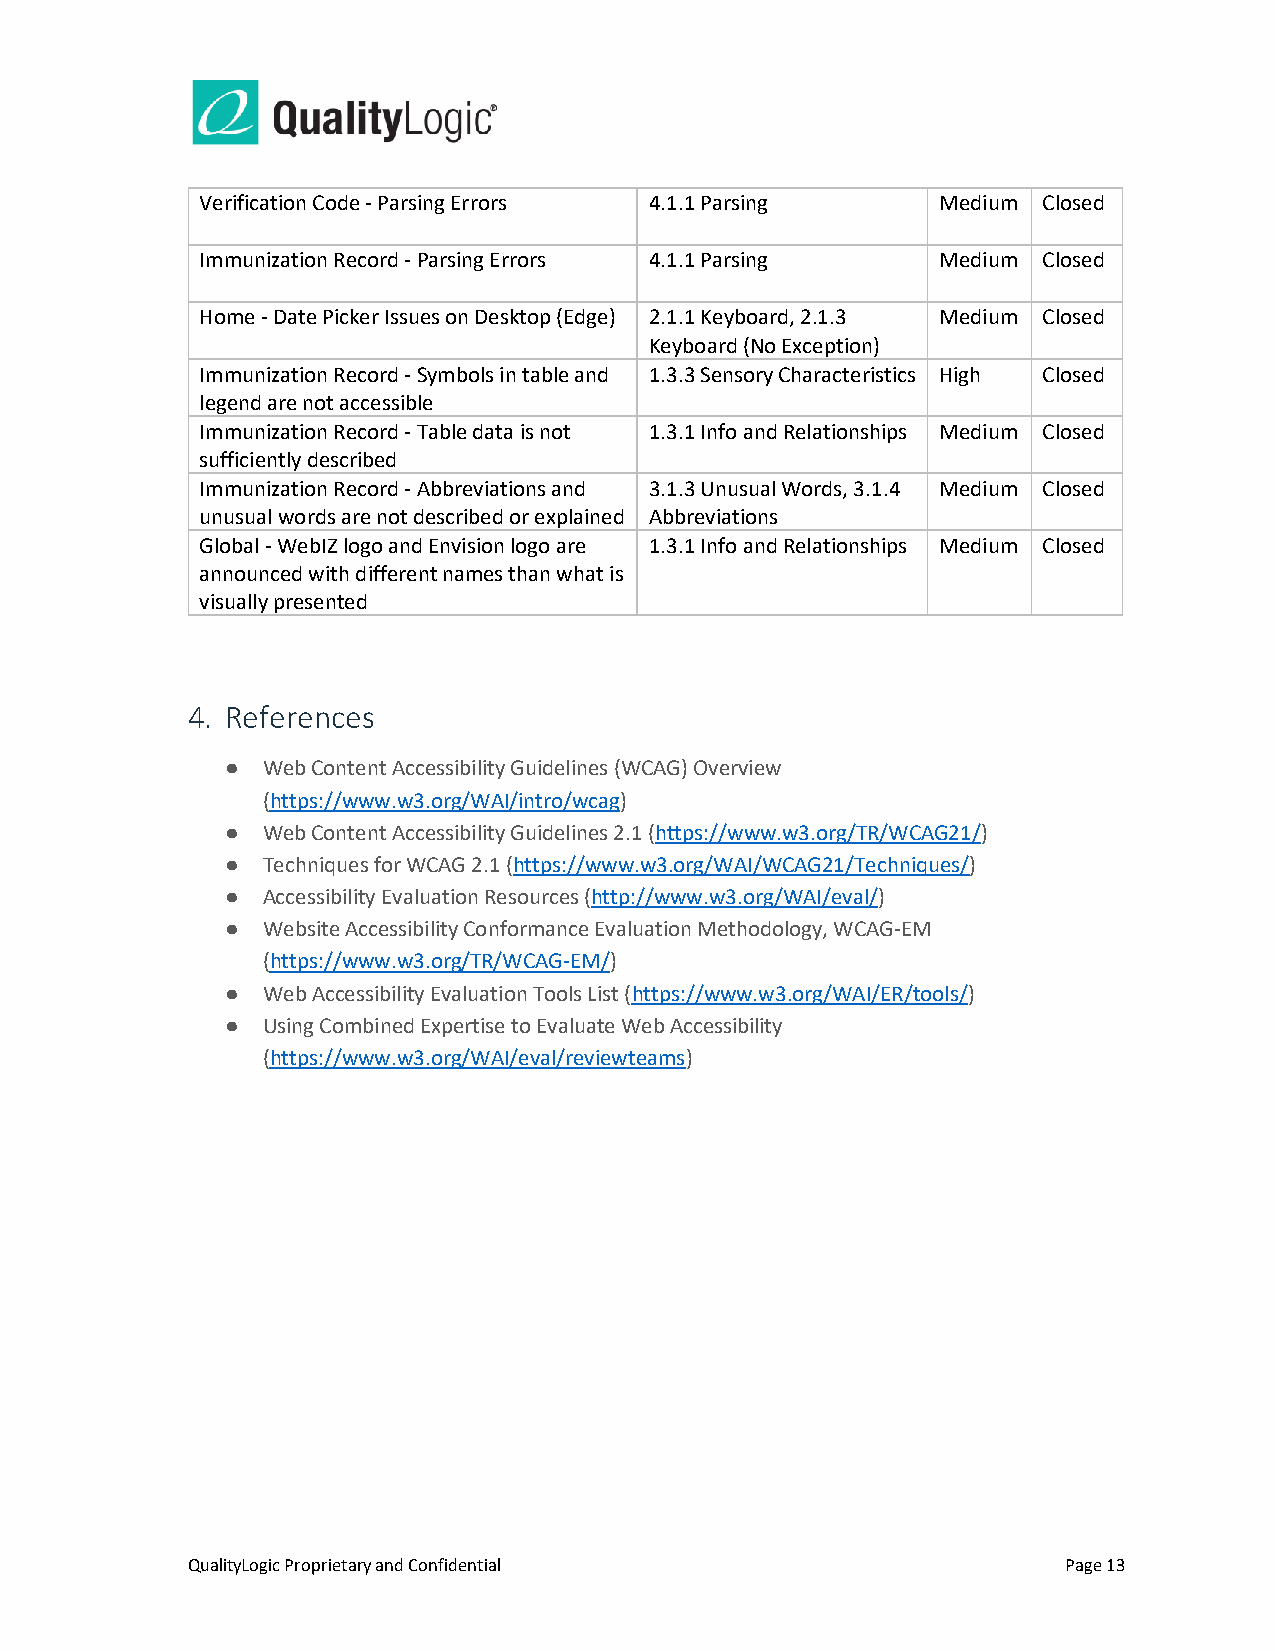
Verification Code - Parsing Errors 4.1.1 Parsing Medium Closed
 Immunization Record - Parsing Errors 4.1.1 Parsing Medium Closed
 Home - Date Picker Issues on Desktop (Edge) 2.1.1 Keyboard, 2.1.3 Medium Closed
 Keyboard (No Exception)
 Immunization Record - Symbols in table and 1.3.3 Sensory Characteristics High Closed
 legend are not accessible
 Immunization Record - Table data is not 1.3.1 Info and Relationships Medium Closed
 sufficiently described
 Immunization Record - Abbreviations and 3.1.3 Unusual Words, 3.1.4 Medium Closed
 unusual words are not described or explained Abbreviations
 Global - WebIZ logo and Envision logo are 1.3.1 Info and Relationships Medium Closed
 announced with different names than what is
 visually presented
 4. References
 ● Web Content Accessibility Guidelines (WCAG) Overview
 (https://www.w3.org/WAI/intro/wcag)
 ● Web Content Accessibility Guidelines 2.1 (https://www.w3.org/TR/WCAG21/)
 ● Techniques for WCAG 2.1 (https://www.w3.org/WAI/WCAG21/Techniques/)
 ● Accessibility Evaluation Resources (http://www.w3.org/WAI/eval/)
 ● Website Accessibility Conformance Evaluation Methodology, WCAG-EM
 (https://www.w3.org/TR/WCAG-EM/)
 ● Web Accessibility Evaluation Tools List (https://www.w3.org/WAI/ER/tools/)
 ● Using Combined Expertise to Evaluate Web Accessibility
 (https://www.w3.org/WAI/eval/reviewteams)
 QualityLogic Proprietary and Confidential                  Page 13